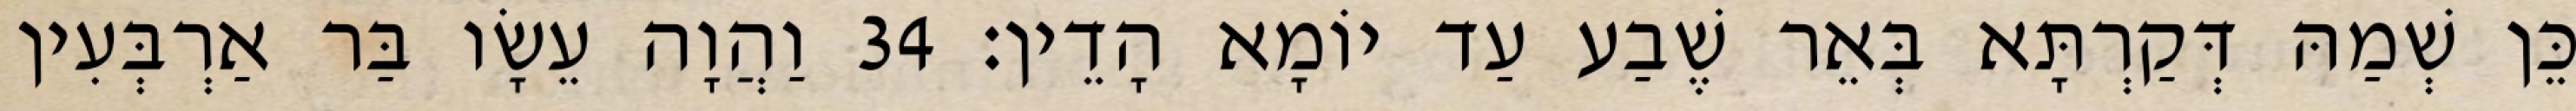
כֵּן שְׁמַהּ דְּקַרְתָּא בְּאֵר שֶׁבַע עַד יוֹמָא הָדֵין׃ 34 וַהֲוָה עֵשָׂו בַּר אַרְבְּעִין